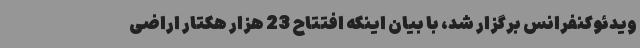
ویدئوکنفرانس برگزار شد، با بیان اینکه افتتاح 23 هزار هکتار اراضی